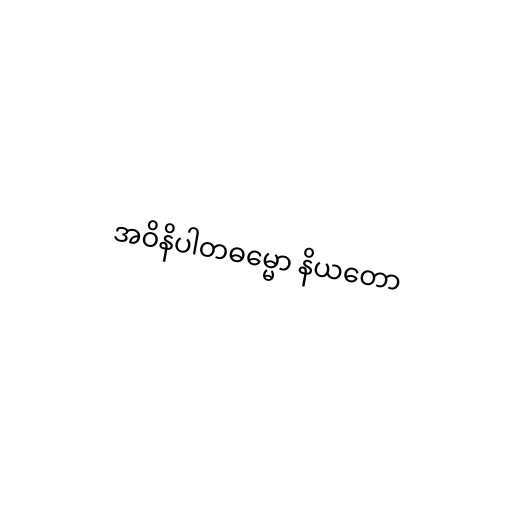
အဝိနိပါတဓမ္မော နိယတော